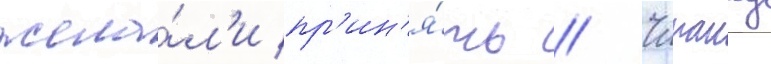
жела́л'и пр'ин'я́ть // Чипангу